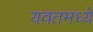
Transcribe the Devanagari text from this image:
यवतमध्ये